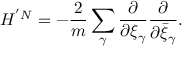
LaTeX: H ^ { ' N } = - \frac { 2 } { m } \sum _ { \gamma } \frac { \partial } { \partial \xi _ { \gamma } } \frac { \partial } { \partial \bar { \xi } _ { \gamma } } .